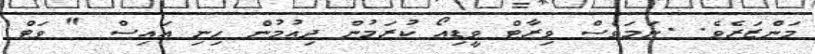
މަންޒަރެވެ. .ނަމަވެސް ވިރާޓް ވީޑިއޯ ކުރަމުން ދިއުމުން ހިނި އައިސް " ވަޓް